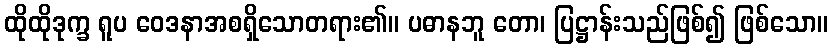
ထိုထိုဒုက္ခ ရူပ ဝေဒနာအစရှိသောတရား၏။ ပဓာနဘူ တော၊ ပြဋ္ဌာန်းသည်ဖြစ်၍ ဖြစ်သော။